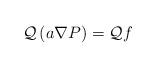
LaTeX: \begin{align*}\mathcal{Q}\left( a\nabla P\right) =\mathcal{Q}f \end{align*}